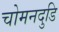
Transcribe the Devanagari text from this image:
चोमनदुडि